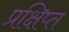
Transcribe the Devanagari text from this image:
प्रक्षिप्‍त